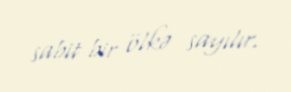
sabit bir ölkə sayılır.